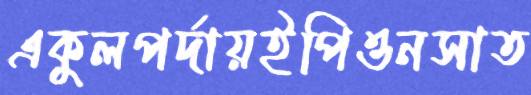
একুলপর্দায়ইপিওনসাত